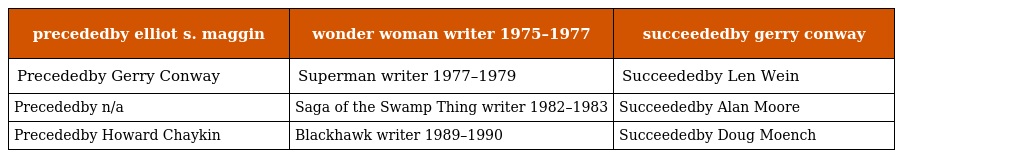
| precededby elliot s. maggin | wonder woman writer 1975–1977 | succeededby gerry conway |
 | --- | --- | --- |
 | Precededby Gerry Conway | Superman writer 1977–1979 | Succeededby Len Wein |
 | Precededby n/a | Saga of the Swamp Thing writer 1982–1983 | Succeededby Alan Moore |
 | Precededby Howard Chaykin | Blackhawk writer 1989–1990 | Succeededby Doug Moench |